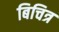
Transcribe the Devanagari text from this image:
बिचित्र